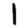
Digit: 1